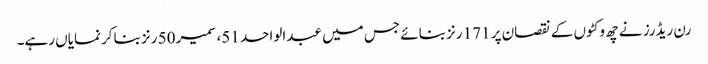
رن ریڈرز نے چھ وکٹوں کے نقصان پر 171 رنز بنائے جس میں عبدالواحد 51، سمیر 50 رنز بناکر نمایاں رہے۔